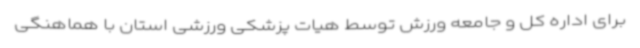
برای اداره کل و جامعه ورزش توسط هیات پزشکی ورزشی استان با هماهنگی